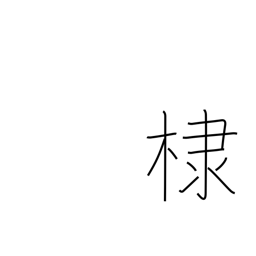
Meaning: flowering almond